Annual report of the Punjab Veterinary College and of the Civil Veterinary Department, Punjab - 1909-1919
Year: 1909
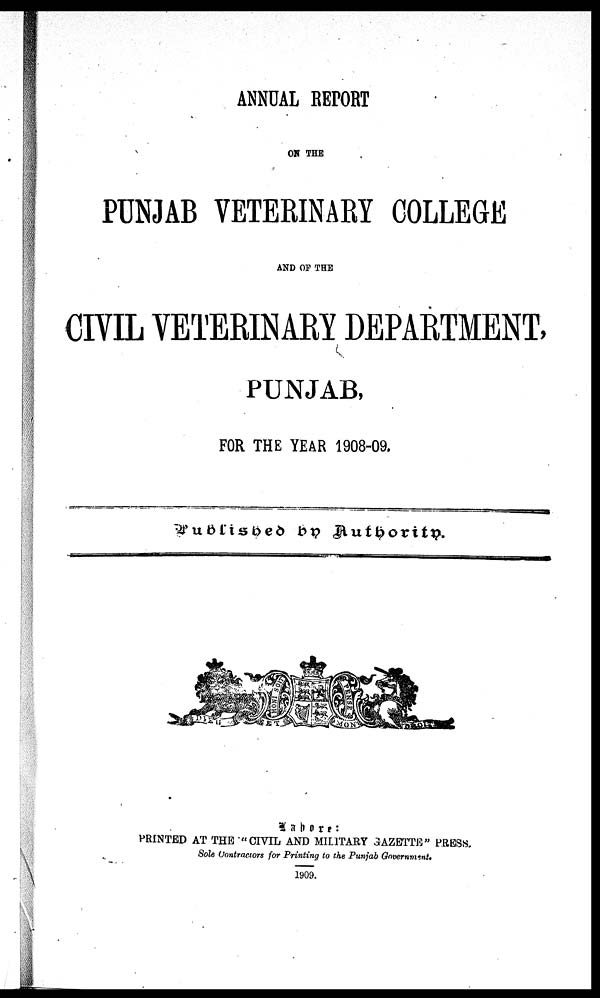
ANNUAL REPORT
ON THE
PUNJAB VETERINARY COLLEGE
AND OF THE
CIVIL VETERINARY DEPARTMENT,
PUNJAB,
FOR THE YEAR 1908-09.
Published by Authority.
Lahore:
PRINTED AT THE "CIVIL AND MILITARY GAZETTE" PRESS.
Sole Contractors for Printing to the Punjab Government.
1909.